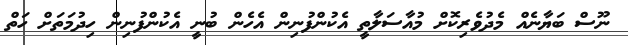
ނޫސް ބަޔާނެއް މެދުވެރިކޮށް މުއާސަލާތީ އެކުންފުނިން އެހެން ބުނީ އެކުންފުނިން ހިދުމަތަށް ހަތް